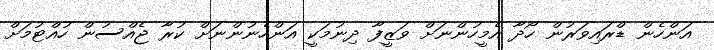
އަންހެން ޑްރައިވަރުން ހޯދާ އެމީހުންނަށް ވަޒީފާ ދިނުމަކީ އަންހެނުންނަށް ކުރާ ޖެއްސުން ހުއްޓުމަށް